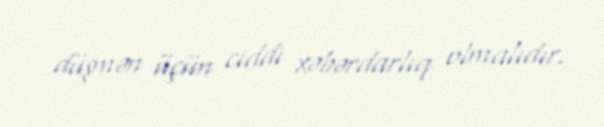
düşmən üçün ciddi xəbərdarlıq olmalıdır.